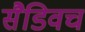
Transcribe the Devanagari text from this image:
सैडिवच